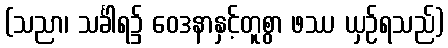
(သညာ၊ သင်္ခါရ၌ ဝေဒနာနှင့်တူစွာ ဖဿ ယှဉ်ရသည်)